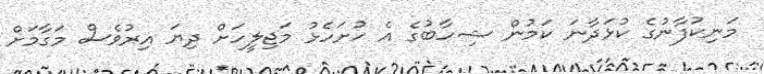
މަނިކުފާނުގެ ކުޅަދާނަ ކަމުން ޝިހާބުގެ އެ ހުށަހެޅު މަޖިލީހަށް ދިޔަ އިރުވެސް މަގާމަށް